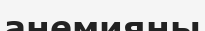
анемияны